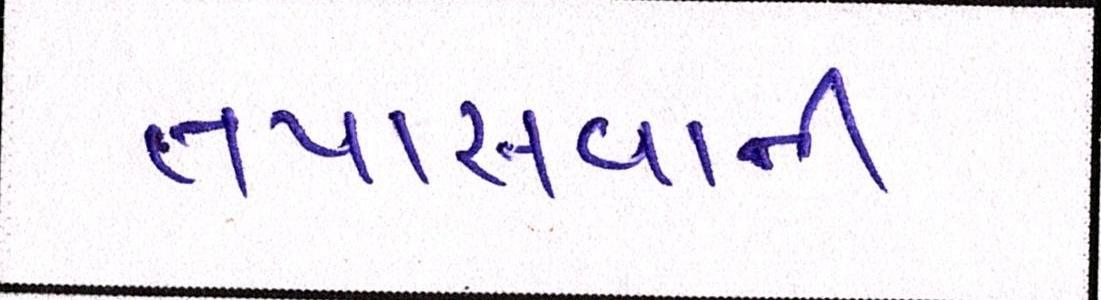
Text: તપાસવાની